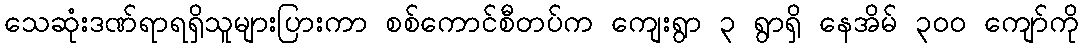
သေဆုံးဒဏ်ရာရရှိသူများပြားကာ စစ်ကောင်စီတပ်က ကျေးရွာ ၃ ရွာရှိ နေအိမ် ၃၀၀ ကျော်ကို